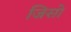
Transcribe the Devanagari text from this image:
जिसो